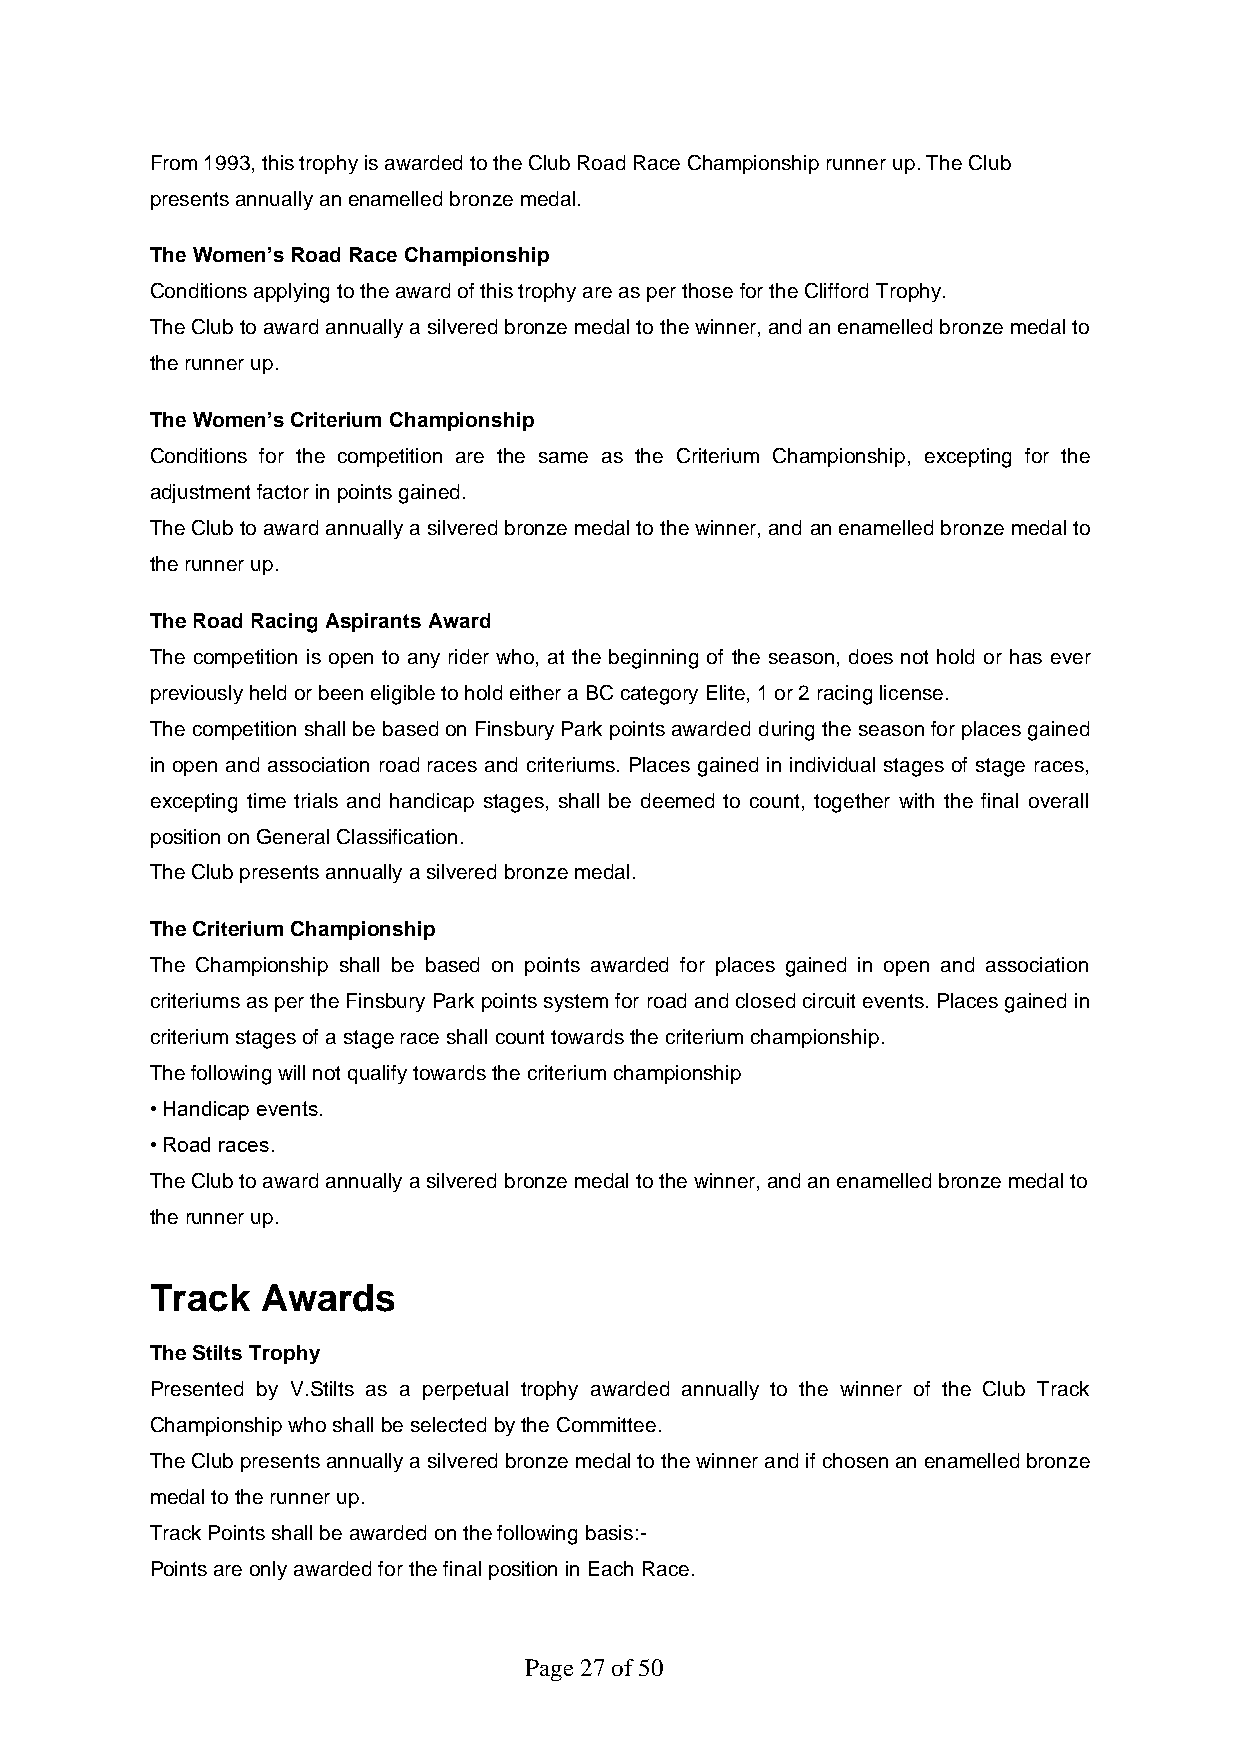
From 1993, this trophy is awarded to the Club Road Race Championship runner up. The Club
 presents annually an enamelled bronze medal.
 The Women’s Road Race Championship
 Conditions applying to the award of this trophy are as per those for the Clifford Trophy.
 The Club to award annually a silvered bronze medal to the winner, and an enamelled bronze medal to
 the runner up.
 The Women’s Criterium Championship
 Conditions for the competition are the same as the Criterium Championship, excepting for the
 adjustment factor in points gained.
 The Club to award annually a silvered bronze medal to the winner, and an enamelled bronze medal to
 the runner up.
 The Road Racing Aspirants Award
 The competition is open to any rider who, at the beginning of the season, does not hold or has ever
 previously held or been eligible to hold either a BC category Elite, 1 or 2 racing license.
 The competition shall be based on Finsbury Park points awarded during the season for places gained
 in open and association road races and criteriums. Places gained in individual stages of stage races,
 excepting time trials and handicap stages, shall be deemed to count, together with the final overall
 position on General Classification.
 The Club presents annually a silvered bronze medal.
 The Criterium Championship
 The Championship shall be based on points awarded for places gained in open and association
 criteriums as per the Finsbury Park points system for road and closed circuit events. Places gained in
 criterium stages of a stage race shall count towards the criterium championship.
 The following will not qualify towards the criterium championship
 • Handicap events.
 • Road races.
 The Club to award annually a silvered bronze medal to the winner, and an enamelled bronze medal to
 the runner up.
 Track  Awards
 The Stilts Trophy
 Presented by V.Stilts as a perpetual trophy awarded annually to the winner of the Club Track
 Championship who shall be selected by the Committee.
 The Club presents annually a silvered bronze medal to the winner and if chosen an enamelled bronze
 medal to the runner up.
 Track Points shall be awarded on the following basis:-
 Points are only awarded for the final position in Each Race.
 Page 27 of 50